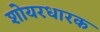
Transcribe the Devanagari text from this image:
शोयरधारक